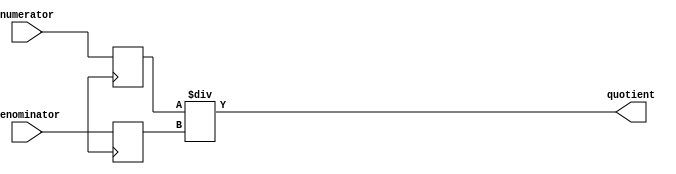
module fractional_divider(
    input wire [7:0] numerator,
    input wire [7:0] denominator,
    output wire [15:0] quotient
);

reg [15:0] quotient_reg;
reg [7:0] numerator_reg;
reg [7:0] denominator_reg;

always @(*) begin
    quotient_reg = numerator_reg / denominator_reg;
end

always @(posedge clk) begin
    numerator_reg <= numerator;
    denominator_reg <= denominator;
end

assign quotient = quotient_reg;

endmodule